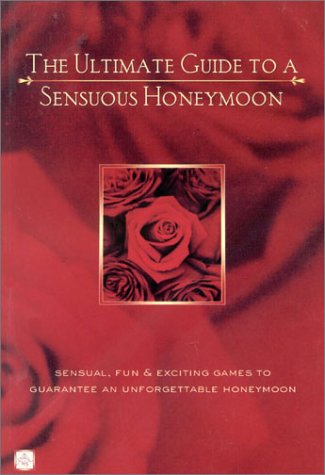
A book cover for The Ultimate Guide To A Sensuous Honeymoon; Alex A. Lluch; Crafts, Hobbies & Home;